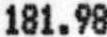
181.98